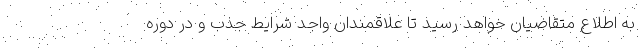
به اطلاع متقاضیان خواهد رسید تا علاقمندان واجد شرایط جذب و در دوره